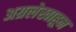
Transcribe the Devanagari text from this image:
अग्रलेखाहून